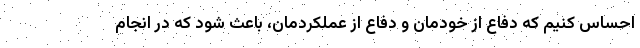
احساس کنیم که دفاع از خودمان و دفاع از عملکردمان، باعث شود که در انجام